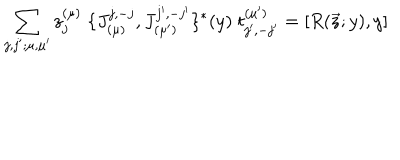
\sum _ { j , j ^ { \prime } ; \mu , \mu ^ { \prime } } z _ { j } ^ { ( \mu ) } \; \{ J _ { ( \mu ) } ^ { j , - j } , J _ { ( \mu ^ { \prime } ) } ^ { j ^ { \prime } , - j ^ { \prime } } \} ^ { * } ( y ) \; t _ { j ^ { \prime } , - j ^ { \prime } } ^ { ( \mu ^ { \prime } ) } = [ R ( \vec { z } ; y ) , y ]